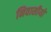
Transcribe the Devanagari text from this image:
निवासीयों